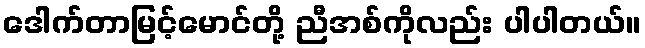
ဒေါက်တာမြင့်မောင်တို့ ညီအစ်ကိုလည်း ပါပါတယ်။